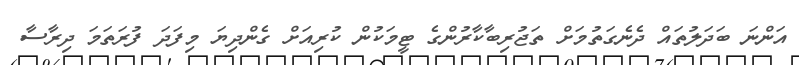
އަންނަ ބަދަލުތައް ދެނެގަތުމަށް ތަޖުރިބާކާރުންގެ ޓީމަކުން ކުރިއަށް ގެންދިޔަ މިފަދަ ފުރަތަމަ ދިރާސާ